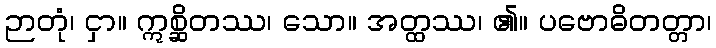
ဉာတုံ၊ ငှာ။ ဣစ္ဆိတဿ၊ သော။ အတ္ထဿ၊ ၏။ ပဗောဓိတတ္တာ၊